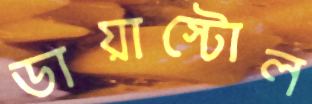
ডায়াস্টোল